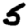
Digit: 5